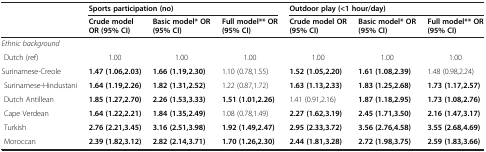
|  | <COLSPAN=3> Sports participation (no) | <COLSPAN=3> Outdoor play (<1 hour/day) |
 |  | Crude model | Basic model* OR | Full model** OR | Crude model OR | Basic model* OR | Full model** OR |
 |  | OR (95% CI) | (95% CI) | (95% CI) | (95% CI) | (95% CI) | (95% CI) |
 | --- | --- | --- | --- | --- | --- | --- |
 | <COLSPAN=7> Ethnic background |
 | Dutch (ref) | 1.00 | 1.00 | 1.00 | 1.00 | 1.00 | 1.00 |
 | Surinamese-Creole | 1.47 (1.06,2.03) | 1.66 (1.19,2.30) | 1.10 (0.78,1.55) | 1.52 (1.05,2.20) | 1.61 (1.08,2.39) | 1.48 (0.98,2.24) |
 | Surinamese-Hindustani | 1.64 (1.19,2.26) | 1.82 (1.31,2.52) | 1.22 (0.87,1.72) | 1.63 (1.13,2.33) | 1.83 (1.25,2.68) | 1.73 (1.17,2.57) |
 | Dutch Antillean | 1.85 (1.27,2.70) | 2.26 (1.53,3.33) | 1.51 (1.01,2.26) | 1.41 (0.91,2.16) | 1.87 (1.18,2.95) | 1.73 (1.08,2.76) |
 | Cape Verdean | 1.64 (1.22,2.21) | 1.84 (1.35,2.49) | 1.08 (0.78,1.49) | 2.27 (1.62,3.19) | 2.45 (1.71,3.50) | 2.16 (1.47,3.17) |
 | Turkish | 2.76 (2.21,3.45) | 3.16 (2.51,3.98) | 1.92 (1.49,2.47) | 2.95 (2.33,3.72) | 3.56 (2.76,4.58) | 3.55 (2.68,4.69) |
 | Moroccan | 2.39 (1.82,3.12) | 2.82 (2.14,3.71) | 1.70 (1.26,2.30) | 2.44 (1.81,3.28) | 2.72 (1.98,3.75) | 2.59 (1.83,3.66) |